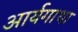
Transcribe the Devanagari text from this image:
आर्यगाथा